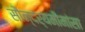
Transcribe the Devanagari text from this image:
सौन्दर्यमीमांसा